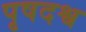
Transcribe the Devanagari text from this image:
पृषदश्व